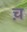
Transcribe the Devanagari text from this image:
च़